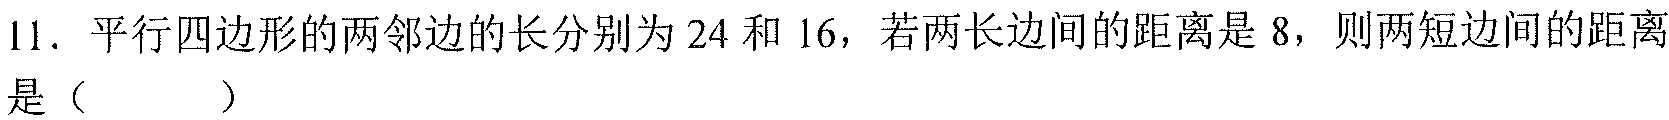
11. 平行四边形的两邻边的长分别为\(24\)和\(16\)，若两长边间的距离是\(8\)，则两短边间的距离是（  ）